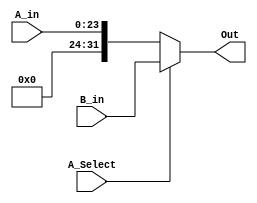
/****************************************************************************************
 MODULE:		Sub Level Multiplexer Block

 FILE NAME:	mux16.v
 VERSION:	1.0
 DATE:		September 28th, 2001
 AUTHOR:		Hossein Amidi
 COMPANY:	California Unique Electrical Co.
 CODE TYPE:	Register Transfer Level

 Instantiations:
 
 DESCRIPTION:
 Sub Level RTL Multiplexer block

 Hossein Amidi
 (C) September 2001
 California Unique Electric

***************************************************************************************/
 
`timescale 1ns / 1ps

module MUX16 (	// Input
					A_in,
					B_in,
					A_Select,
					// Output
					Out
					);

// Parameter
parameter DataWidth = 32;
parameter AddrWidth = 24;

// Input
input  [AddrWidth - 1 : 0]  A_in;
input  [DataWidth - 1 : 0]  B_in;
input  A_Select;

// Output
output [DataWidth - 1 : 0]  Out;

//Dataflow description of MUX16

assign Out = A_Select ? B_in : {8'b0, A_in};

endmodule